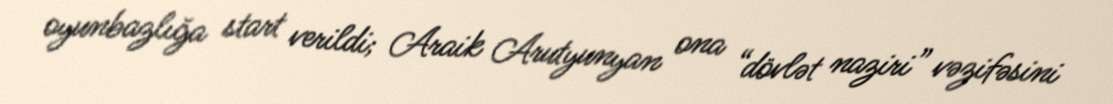
oyunbazlığa start verildi; Araik Arutyunyan ona “dövlət naziri” vəzifəsini